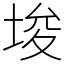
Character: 埈